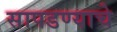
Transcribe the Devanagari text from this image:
सापडण्याचे